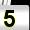
Digit: 5